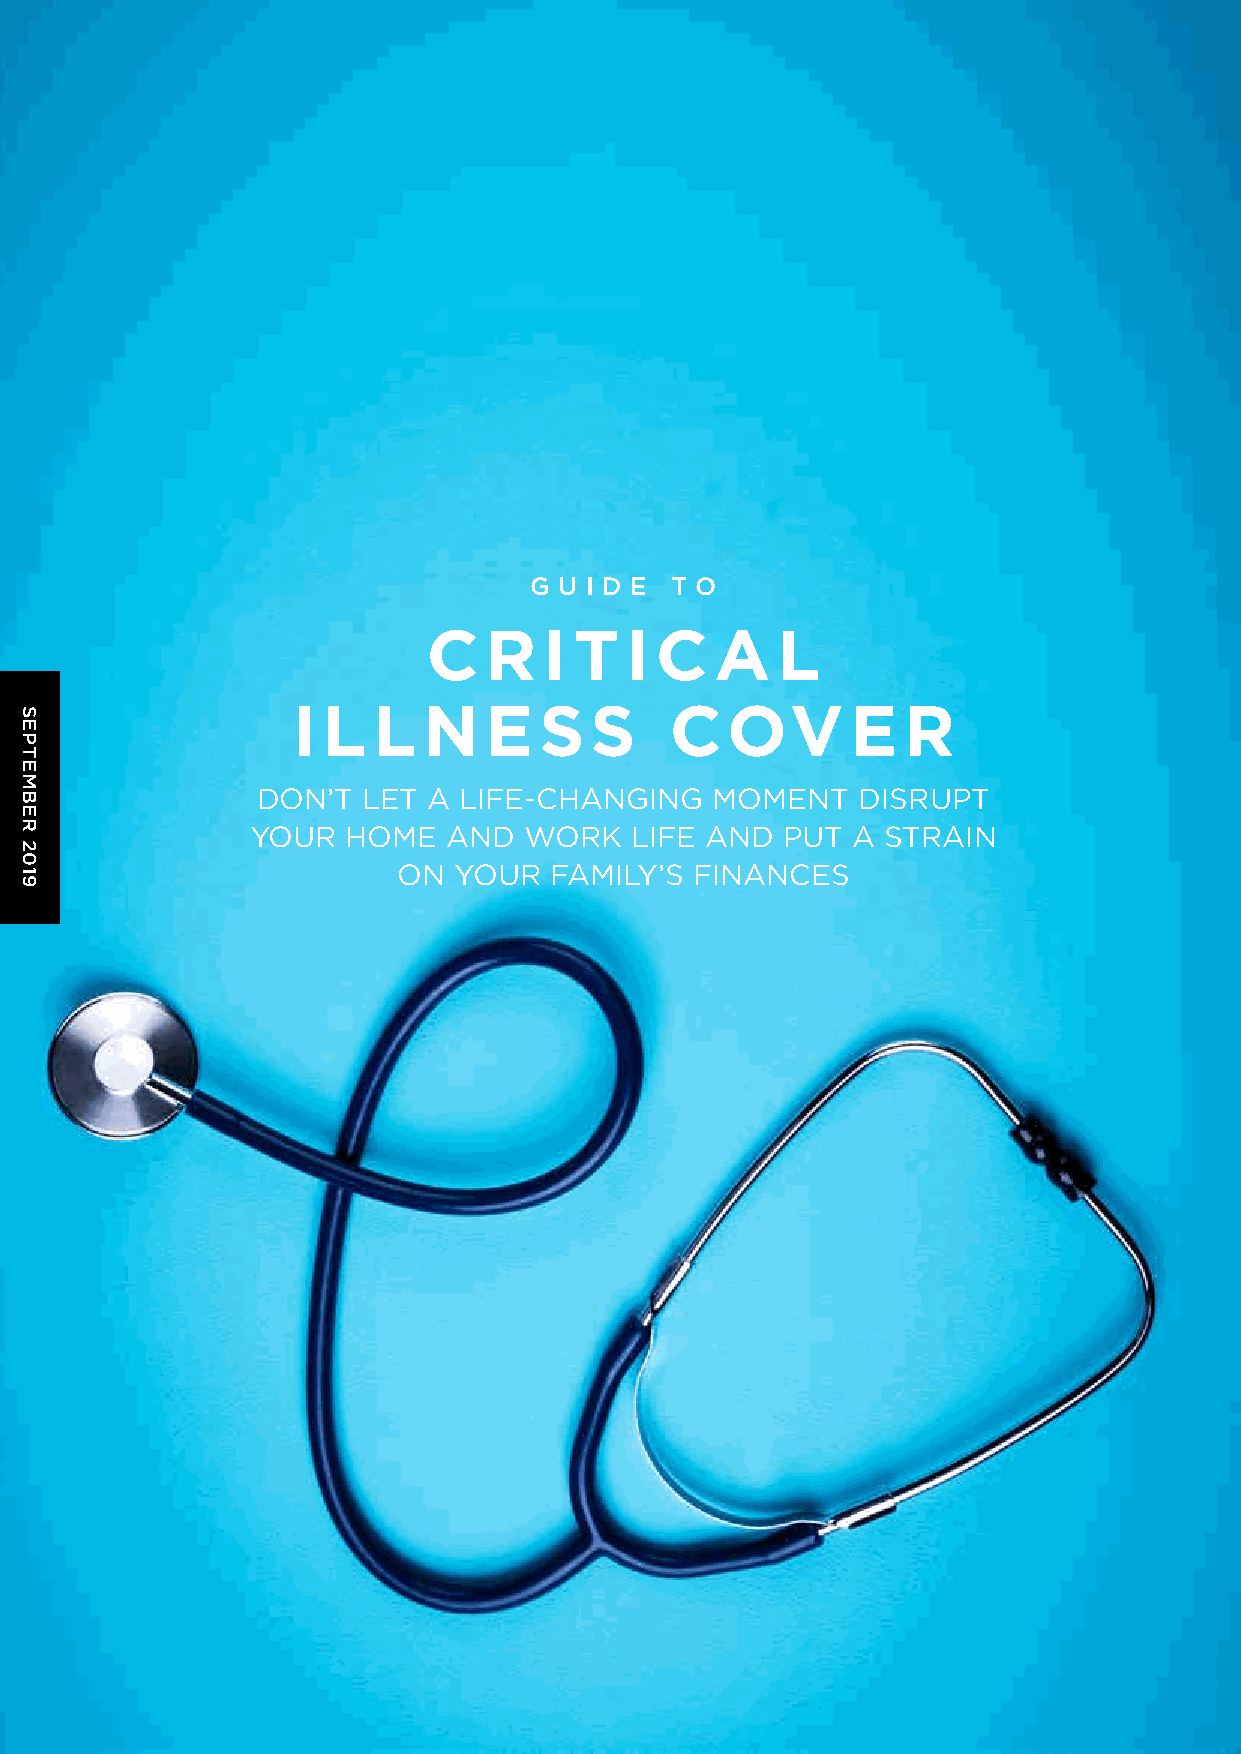
G U I D E T O
 C   R   I T  I C   A   L
 I L   L  N   E   SS      COV         E   R
 DON’T  LET A LIFE-CHANGING    MOMENT    DISRUPT
 YOUR  HOME   AND  WORK   LIFE AND  PUT A STRAIN
 ON  YOUR  FAMILY’S  FINANCES
 SEPTEMBER
 2019